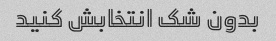
بدون شک انتخابش کنید